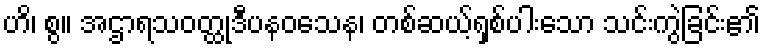
ဟိ၊ စွ။ အဌာရသဝတ္ထုဒီပနဝသေန၊ တစ်ဆယ့်ရှစ်ပါးသော သင်းကွဲခြင်း၏